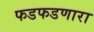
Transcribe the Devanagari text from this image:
फडफडणारा